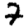
Digit: 7